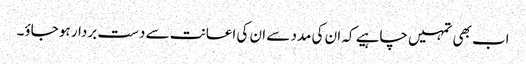
اب بھی تمہیں چاہیے کہ ان کی مدد سے ان کی اعانت سے دست بردار ہو جاؤ۔